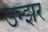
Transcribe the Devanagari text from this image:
उन्झर